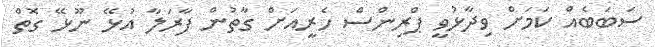
ސަބަބެއް ކަމަށް ވިދާޅުވީ ޕްރިންސް ހެރީއަށް ގާތުން ފާރަލާ އުޅޭ ނޫޅޭ ގޮތް